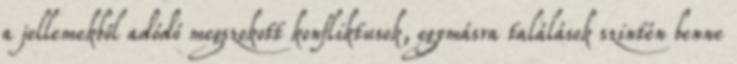
a jellemekből adódó megszokott konfliktusok, egymásra találások szintén benne